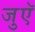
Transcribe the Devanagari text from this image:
जुएॅ